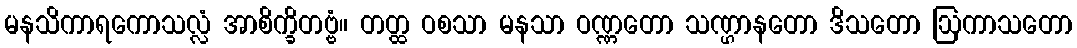
မနသိကာရကောသလ္လံ အာစိက္ခိတဗ္ဗံ။ တတ္ထ ဝစသာ မနသာ ဝဏ္ဏတော သဏ္ဌာနတော ဒိသတော ဩကာသတော